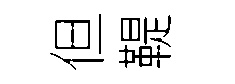
但鞮